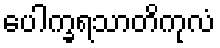
ပေါက္ခရသာတိကုလံ